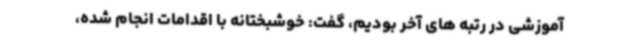
آموزشی در رتبه های آخر بودیم، گفت: خوشبختانه با اقدامات انجام شده،